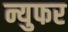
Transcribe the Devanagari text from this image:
न्युफर